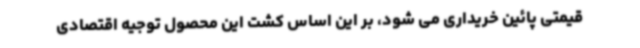
قیمتی پائین خریداری می شود، بر این اساس کشت این محصول توجیه اقتصادی